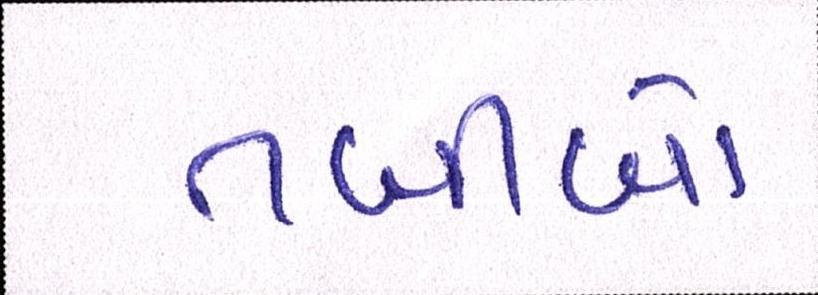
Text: તબીબો